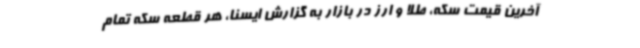
آخرین قیمت سکه، طلا و ارز در بازار به گزارش ایسنا، هر قطعه سکه تمام